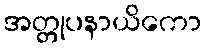
အတ္တုပနာယိကော